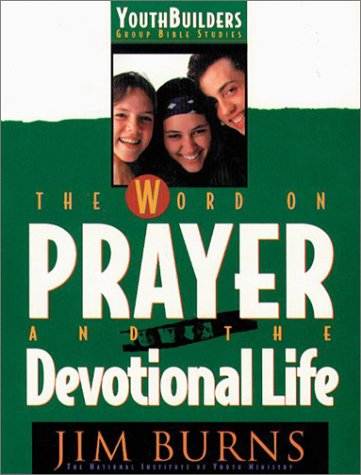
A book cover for The Word on Prayer and the Devotional Life (Youth Builders Group Bible Studies); Jim Burns; Christian Books & Bibles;